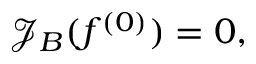
\mathcal { J } _ { B } ( f ^ { ( 0 ) } ) = 0 ,